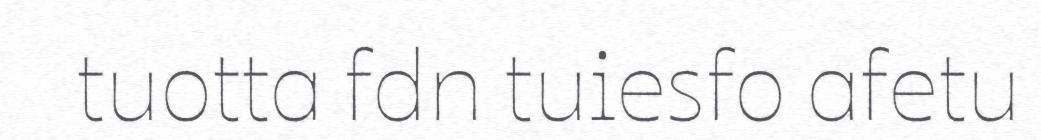
tuotta fdn tuiesfo afetu